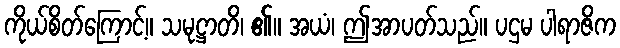
ကိုယ်စိတ်ကြောင့်။ သမုဋ္ဌာတိ၊ ၏။ အယံ၊ ဤအာပတ်သည်။ ပဌမ ပါရာဇိက